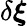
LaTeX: \delta\boldsymbol{\xi}